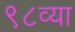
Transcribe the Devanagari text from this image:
९८व्या